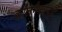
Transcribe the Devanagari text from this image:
कालमैरवनाथ